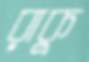
রাকু